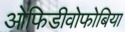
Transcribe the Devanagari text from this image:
ओफिडीवोफोबिया